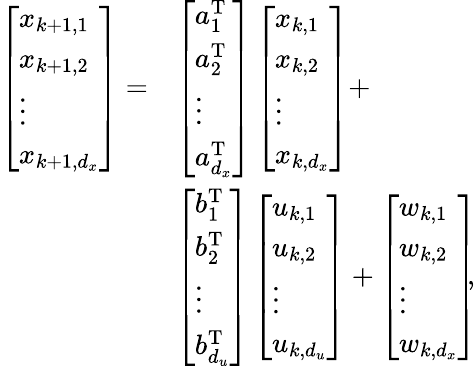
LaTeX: \begin{array}{rl}{\left[\begin{array}{l}{x_{k+1,1}}\\ {x_{k+1,2}}\\ {\vdots}\\ {x_{k+1,d_{x}}}\end{array}\right]=}&{\left[\begin{array}{l}{a_{1}^{\mathrm{T}}}\\ {a_{2}^{\mathrm{T}}}\\ {\vdots}\\ {a_{d_{x}}^{\mathrm{T}}}\end{array}\right]\left[\begin{array}{l}{x_{k,1}}\\ {x_{k,2}}\\ {\vdots}\\ {x_{k,d_{x}}}\end{array}\right]+}\\ &{\left[\begin{array}{l}{b_{1}^{\mathrm{T}}}\\ {b_{2}^{\mathrm{T}}}\\ {\vdots}\\ {b_{d_{u}}^{\mathrm{T}}}\end{array}\right]\left[\begin{array}{l}{u_{k,1}}\\ {u_{k,2}}\\ {\vdots}\\ {u_{k,d_{u}}}\end{array}\right]+\left[\begin{array}{l}{w_{k,1}}\\ {w_{k,2}}\\ {\vdots}\\ {w_{k,d_{x}}}\end{array}\right]\! \! ,}\end{array}